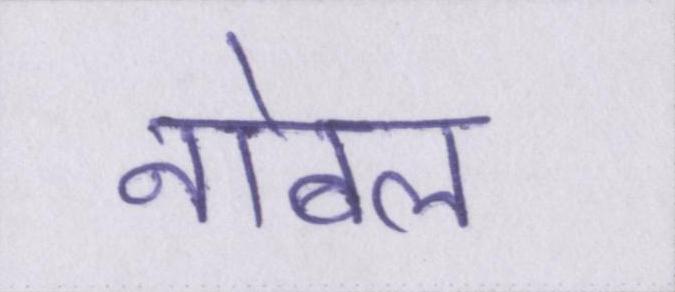
नोबल